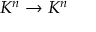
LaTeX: K ^ { n } \to K ^ { n }